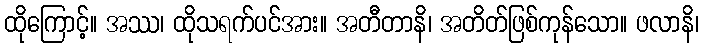
ထိုကြောင့်။ အဿ၊ ထိုသရက်ပင်အား။ အတီတာနိ၊ အတိတ်ဖြစ်ကုန်သော။ ဖလာနိ၊